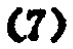
\textbf{(7)}